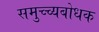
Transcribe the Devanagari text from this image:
समुच्च्यबोधक